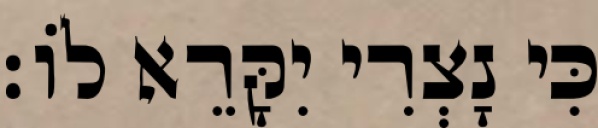
כִּי נָצְרִי יִקָּרֵא לוֹ׃